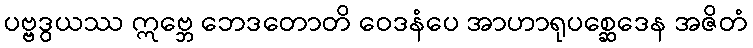
ပဗ္ဗဒွယဿ ဣဗ္ဘေ ဘေဒတောတိ ဝေဒနံပေ အာဟာရုပစ္ဆေဒေန အဇိတံ